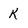
Character: K